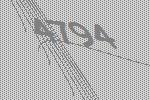
4794